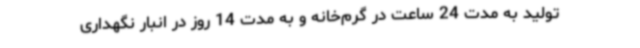
تولید به مدت 24 ساعت در گرم‌خانه و به مدت 14 روز در انبار نگهداری